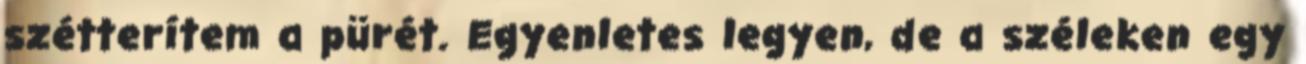
szétterítem a pürét. Egyenletes legyen, de a széleken egy